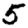
Digit: 5